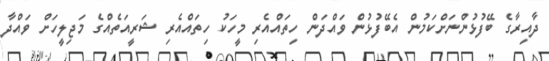
ދާއިރާގެ ބޭފުޅުންނަށްކަމުން އެބޭފުޅުން ވައްދަން ހިތައްއެރި މީހަކު ހިތައްއެރި ޝަރީއަތެއްގެ މަޖިލީހަށް ވައްދާ